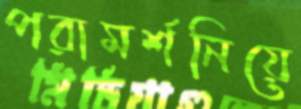
পরামর্শনিয়ে